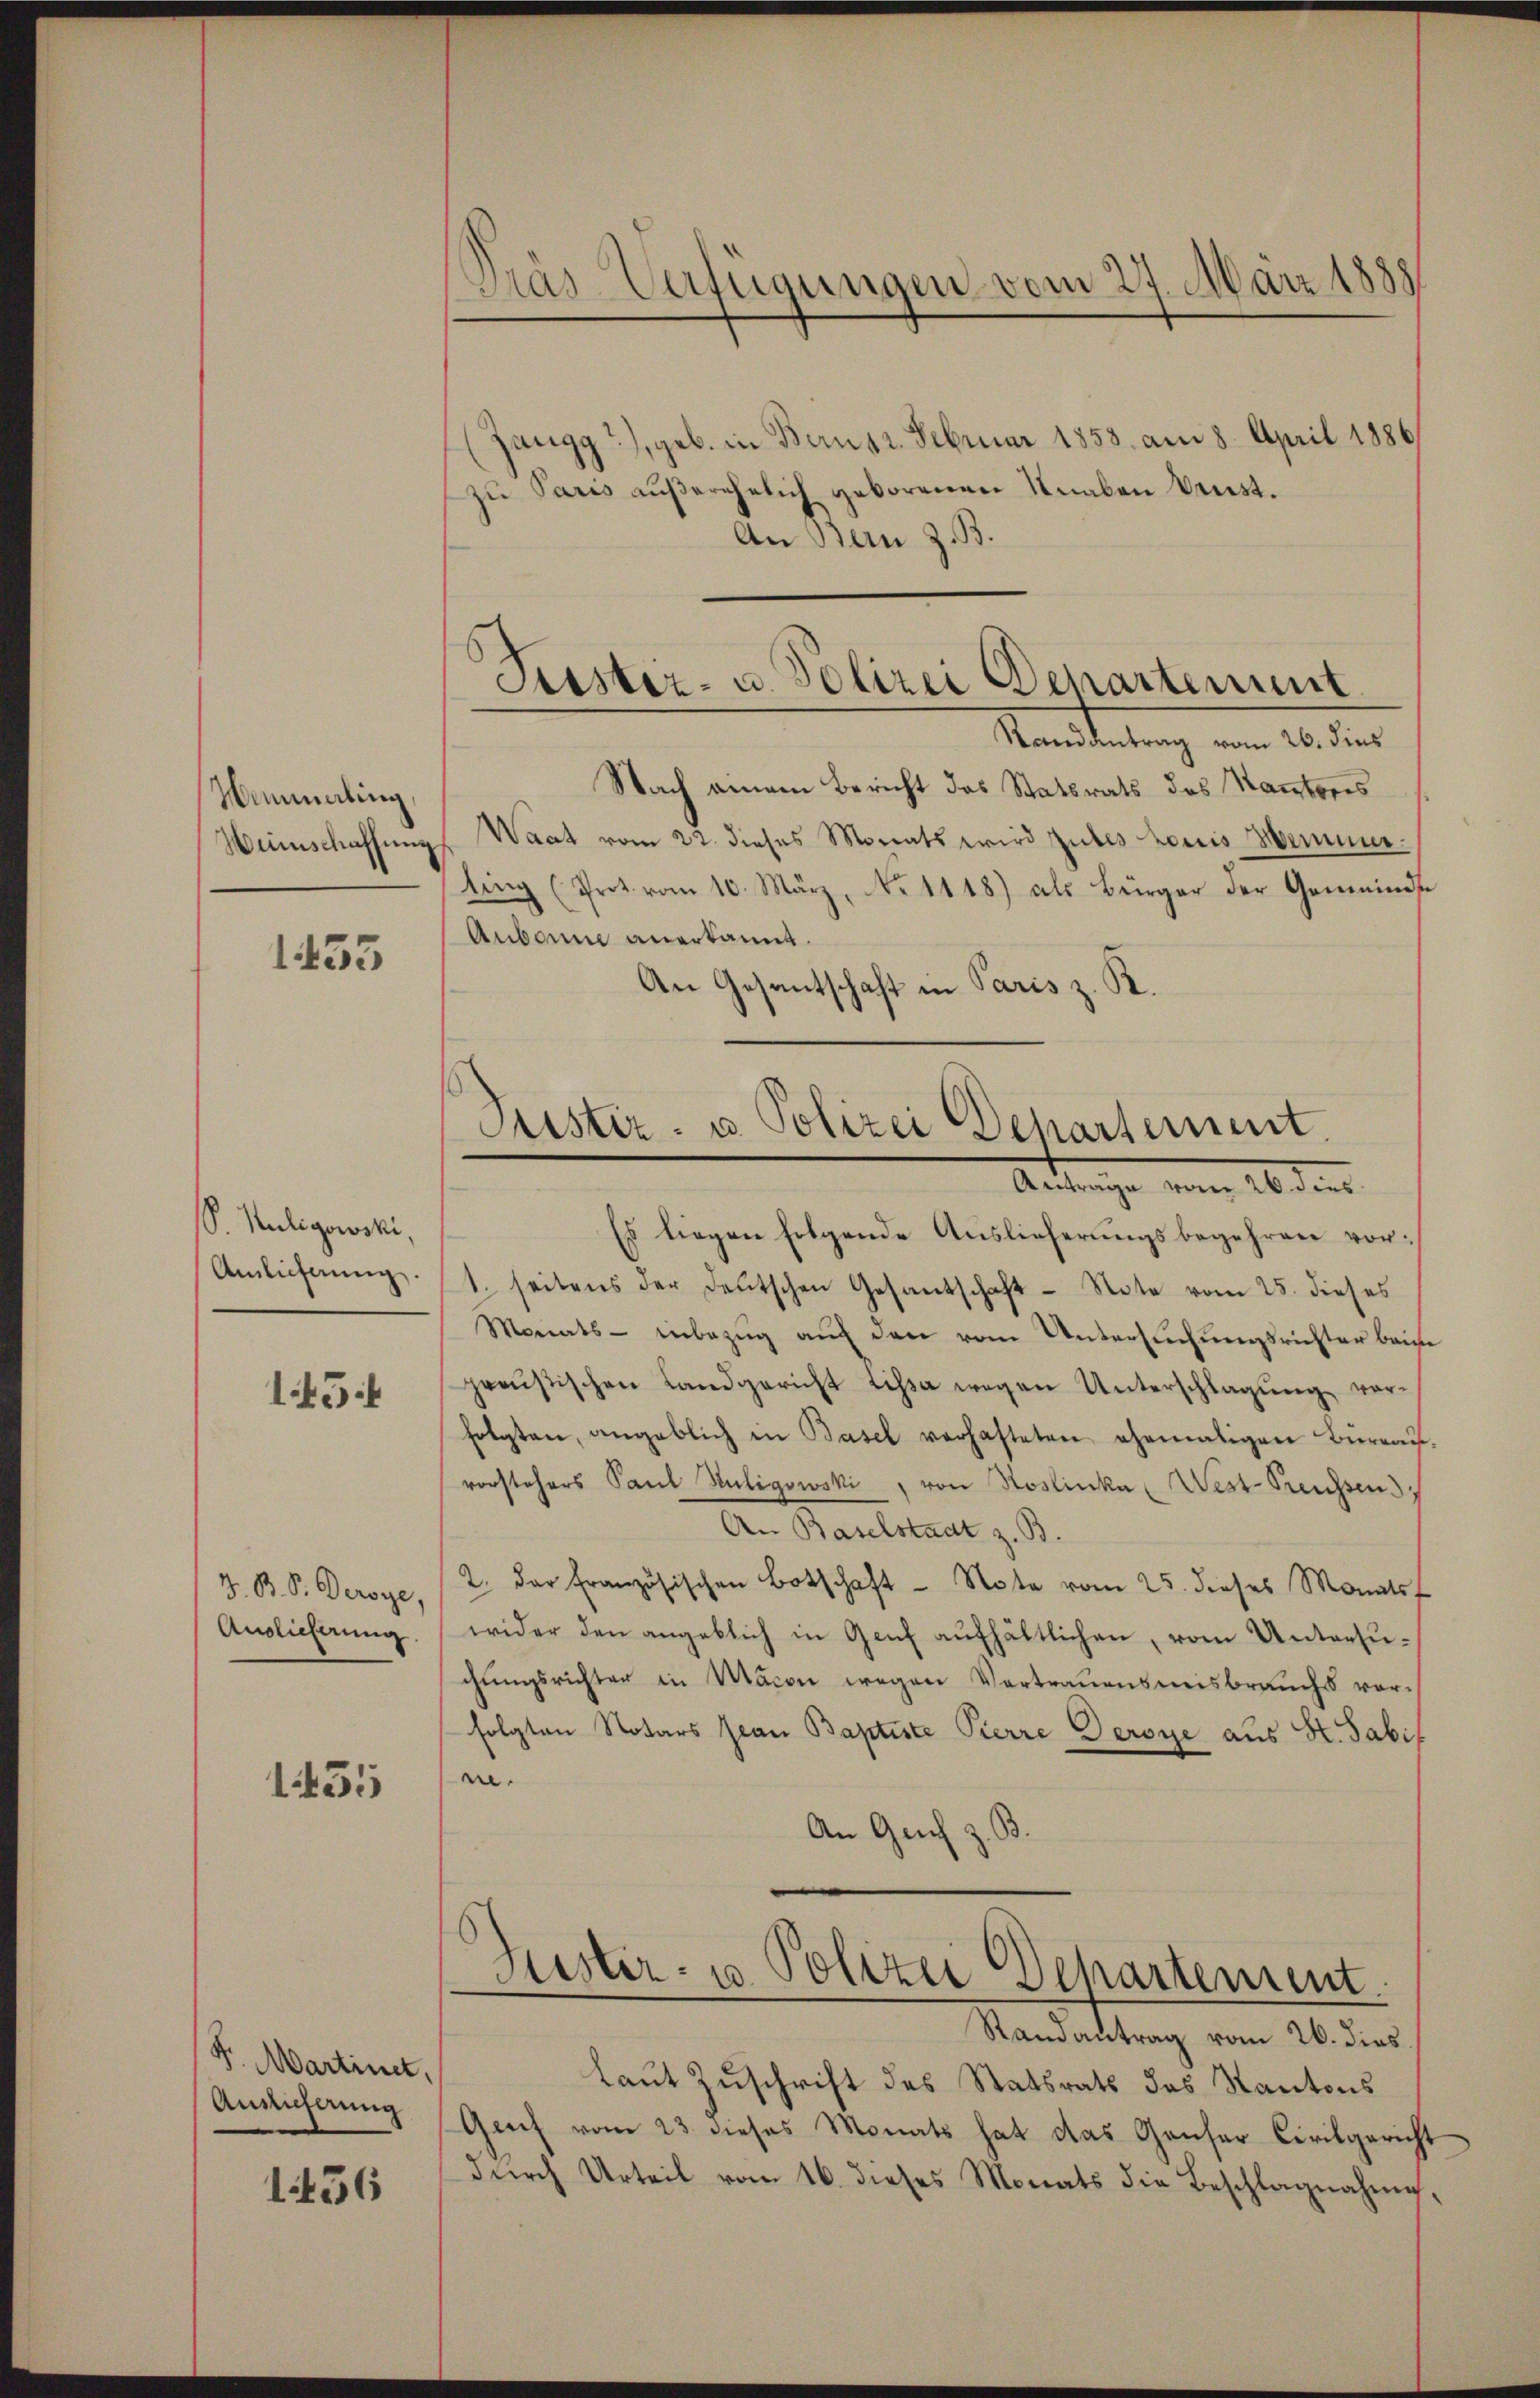
Minmaling,
Weinschaffung

1453

S. Huligowski,
Anlieferung.

15

J. B. P. Deroye,
Auslieferung.

1455

Pr. Martinet,
Ansicherung

1456

(Zangg), geb. in Bern 12. Februar 1858. am 8. April 1886
zu Paris außerehelich geborenen Knaben Beist.
An Bern z. B.

Pras-Verfügungen vom 27. März 1883

Suster- u. Polizei Departement

Justiz- u. Polizei Departement
Antrage von 20 dies

Randantrag vom 26. dies
Nach einem Bericht das Statsrats des Kantores
Waat vom 22. dieses Morats wird gutes horis Meiner.
ling (Prot. vom 10. März, No 1118) als Bürger der Gemeindste
Aubann anerkannt.
An Gesantschaft in Paris z. R.

Es liegen folgende Auslieferungsbegehren vor¬
1. seitens der deutschen Gesantschaft - Note vom 25. dieses
Monats- inbezŭg aŭf den vom Untersŭchŭngsrichter beim
preußischen Landgericht Lissa wegen Unterschlagung vorfolgten, angeblich in Basel verhafteten ehemaligen Büreau-
rorstehers Paul Huligowski, von Roslinke West-Preussen.
A. Baselstadt z. B.
2. der französischen Botschaft - Note vom 25. dieses Monats
wider den angeblich in Genf aufhältlichen, vom Untersuchŭngsrichter in Macon wegen Vertrauensmisbrauchs vor-
folgten Notars Jean Baptiste Pierre Geroye aus K. Sabif
n.
An Genf z. B.

Justiz- u. Polizei Dehartement

Randantrag vom 26. dies
laut Zuschrift des Statsrats des Kantons
Genf vom 23. dieses Monats hat das Ganser Civilgericht
durch Urteil vom 16. dieses Monats die Beschlagnahme,